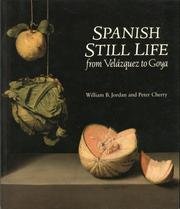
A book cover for Spanish Still Life from Velazquez to Goya; Jordan & cherry; Arts & Photography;